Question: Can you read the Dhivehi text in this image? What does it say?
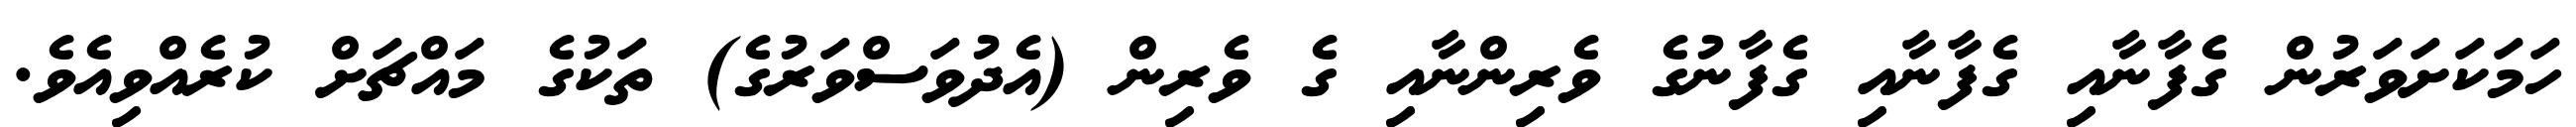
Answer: ހަމަކަށަވަރުން ގެފާނާއި ގެފާނާއި ގެފާނުގެ ވެރިންނާއި ގެ ވެރިން (އެދުވަސްވަރުގެ) ތަކުގެ މައްޗަށް ކުރެއްވިއެވެ.